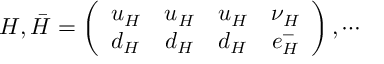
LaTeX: { H } , \bar { H } = \left( \begin{array} { c c c c } { { { u _ { H } } } } & { { { u _ { H } } } } & { { { u _ { H } } } } & { { { \nu _ { H } } } } \\ { { { d _ { H } } } } & { { { d _ { H } } } } & { { { d _ { H } } } } & { { { e _ { H } ^ { - } } } } \end{array} \right) , \cdots